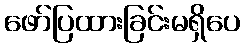
ဖော်ပြထားခြင်းမရှိပေ